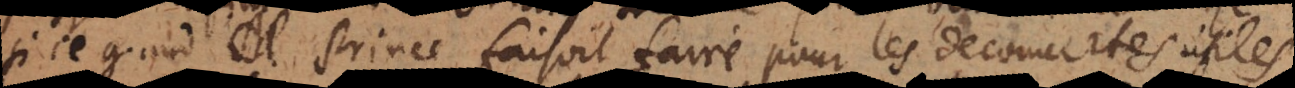
si ce grand Prince faisoit faire pour les decouvertes utiles